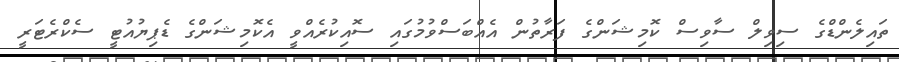
ތައިލެންޑްގެ ސިވިލް ސާވިސް ކޮމިޝަންގެ ފަރާތުން އެއްބަސްވުމުގައި ސޮއިކުރެއްވީ އެކޮމިޝަންގެ ޑެޕިޔުއުޓީ ސެކްރެޓަރީ